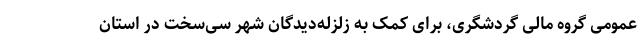
عمومی گروه مالی گردشگری، برای کمک به زلزله‌دیدگان شهر سی‌سخت در استان